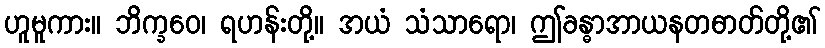
ဟူမူကား။ ဘိက္ခဝေ၊ ရဟန်းတို့။ အယံ သံသာရော၊ ဤခန္ဓာအာယနတဓာတ်တို့၏